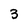
Character: 3